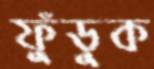
ফুঁড়ুক